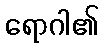
ရောဂါ၏